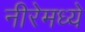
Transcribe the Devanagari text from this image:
नीरेमध्ये